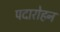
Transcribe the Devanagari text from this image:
पदारोहन